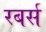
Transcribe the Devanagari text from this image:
रबर्स